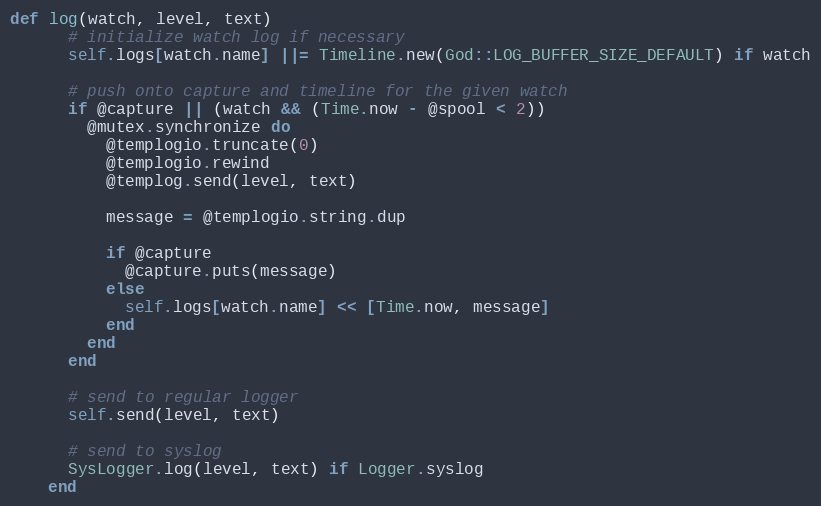
Language: Ruby
def log(watch, level, text)
      # initialize watch log if necessary
      self.logs[watch.name] ||= Timeline.new(God::LOG_BUFFER_SIZE_DEFAULT) if watch

      # push onto capture and timeline for the given watch
      if @capture || (watch && (Time.now - @spool < 2))
        @mutex.synchronize do
          @templogio.truncate(0)
          @templogio.rewind
          @templog.send(level, text)

          message = @templogio.string.dup

          if @capture
            @capture.puts(message)
          else
            self.logs[watch.name] << [Time.now, message]
          end
        end
      end

      # send to regular logger
      self.send(level, text)

      # send to syslog
      SysLogger.log(level, text) if Logger.syslog
    end